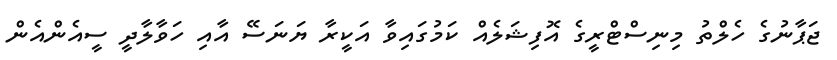
ޖަޕާނުގެ ހެލްތު މިނިސްޓްރީގެ އޮފިޝަލެއް ކަމުގައިވާ އަކީރާ ޔަނަސޭ އާއި ހަވާލާދީ ސީއެންއެން